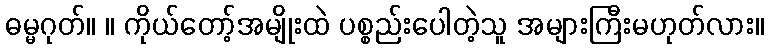
ဓမ္မဂုတ်။ ။ ကိုယ်တော့်အမျိုးထဲ ပစ္စည်းပေါတဲ့သူ အများကြီးမဟုတ်လား။